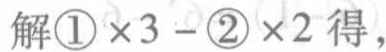
解\textcircled{1}×3 - \textcircled{2}×2得，